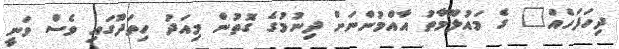
ދިހަފަހެއް" ގެ މައުލޫމާތު އާއްމުންނަށް ދިނުމުގެ ގޮތުން މިއަދު ހިތަދޫގައި ވެސް ވަނީ